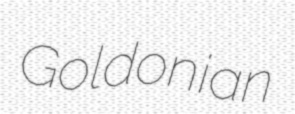
Goldonian